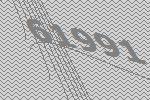
61991